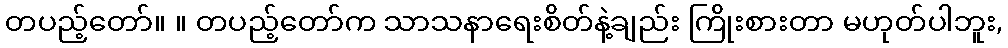
တပည့်တော်။ ။ တပည့်တော်က သာသနာရေးစိတ်နဲ့ချည်း ကြိုးစားတာ မဟုတ်ပါဘူး,